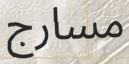
مسارج